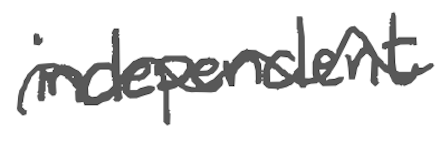
Text: independent
Cross-out: wave
Writing tool: digital_gray